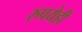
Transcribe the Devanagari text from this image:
रुपयेही